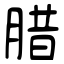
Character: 腊